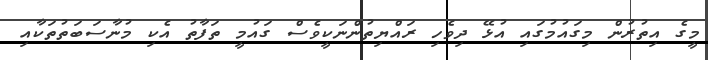
މީގެ އިތުރުން މިގައުމުގައި އުޅޭ ދިވެހި ރައްޔިތުންނަކީވެސް ގައުމީ ތަފާތު އެކި މުނާސަބަތުތަކާއި